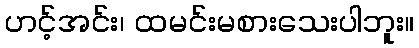
ဟင့်အင်း၊ ထမင်းမစားသေးပါဘူး။